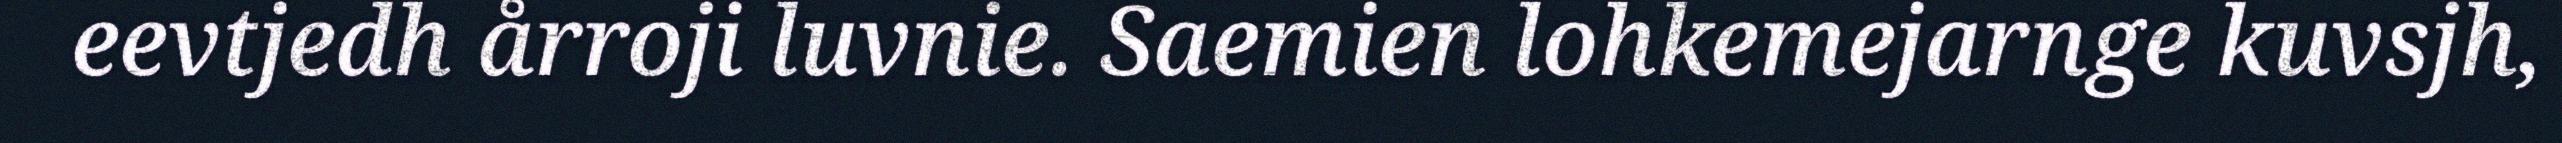
eevtjedh årroji luvnie. Saemien lohkemejarnge kuvsjh,